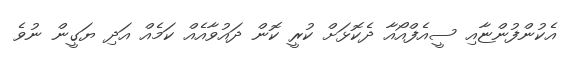
އެކުންފުންޏާއި ސީއެފްއޯއާ ދެކޮޅަށް ކުރީ ކޮން ދައުވާއެއް ކަމެއް އަދި ޔަގީން ނުވެ